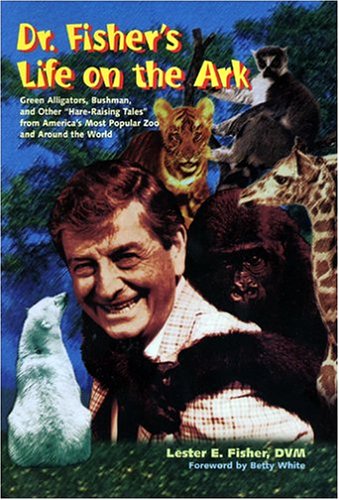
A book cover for Dr. Fisher's Life on the Ark: Green Alligators, Bushman, and Other "Hare-Raising" Tales from America's Most Popular Zoo and Around the World; Lester E. Fisher; Teen & Young Adult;